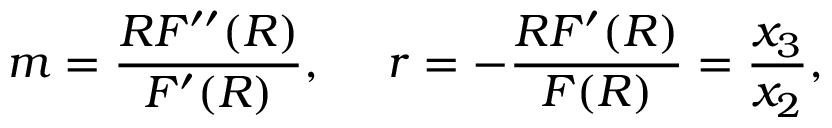
m = \frac { R F ^ { \prime \prime } ( R ) } { F ^ { \prime } ( R ) } , ~ ~ ~ ~ r = - \frac { R F ^ { \prime } ( R ) } { F ( R ) } = \frac { x _ { 3 } } { x _ { 2 } } ,